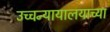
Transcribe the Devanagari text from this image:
उच्चन्यायालयाच्या